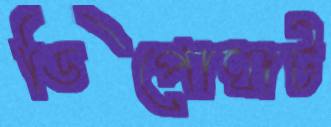
ডিপোঘাট